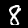
Digit: 8